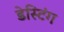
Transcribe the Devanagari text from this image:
डेस्टिंग